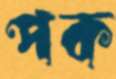
পক